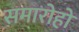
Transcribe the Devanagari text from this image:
समारोहो